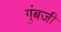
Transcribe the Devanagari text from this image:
गुंबजी